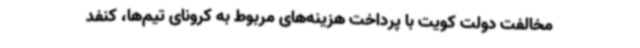
مخالفت دولت کویت با پرداخت هزینه‌های مربوط به کرونای تیم‌ها، کنفد